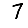
Digit: 7